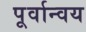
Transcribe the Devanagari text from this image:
पूर्वान्वय